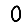
Digit: 0